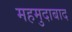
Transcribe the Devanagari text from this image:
महमुदाबाद